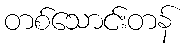
တစ်သောင်းတန်